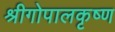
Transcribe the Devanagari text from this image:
श्रीगोपालकृष्ण